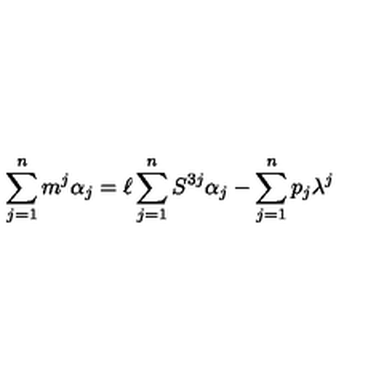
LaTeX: \sum _ { j = 1 } ^ { n } m ^ { j } \alpha _ { j } = \ell \sum _ { j = 1 } ^ { n } S ^ { 3 j } \alpha _ { j } - \sum _ { j = 1 } ^ { n } p _ { j } \lambda ^ { j }